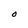
Character: O